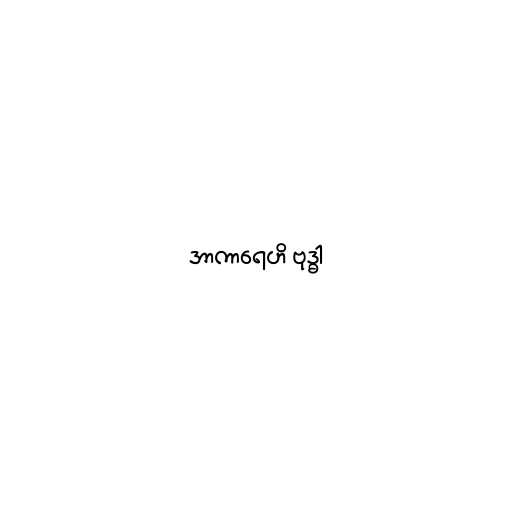
အာကာရေဟိ ဗုဒ္ဓါ